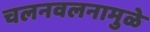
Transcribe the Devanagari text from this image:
चलनवलनामुळे